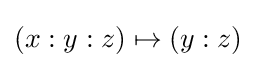
(x:y:z)\mapsto (y:z)